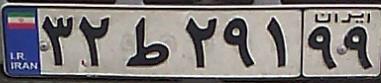
۳۲ط۲۹۱۹۹